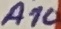
Text: A10